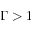
\Gamma > 1